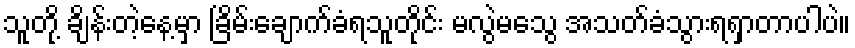
သူတို့ ချိန်းတဲ့နေ့မှာ ခြိမ်းချောက်ခံရသူတိုင်း မလွဲမသွေ အသတ်ခံသွားရရှာတာပါပဲ။